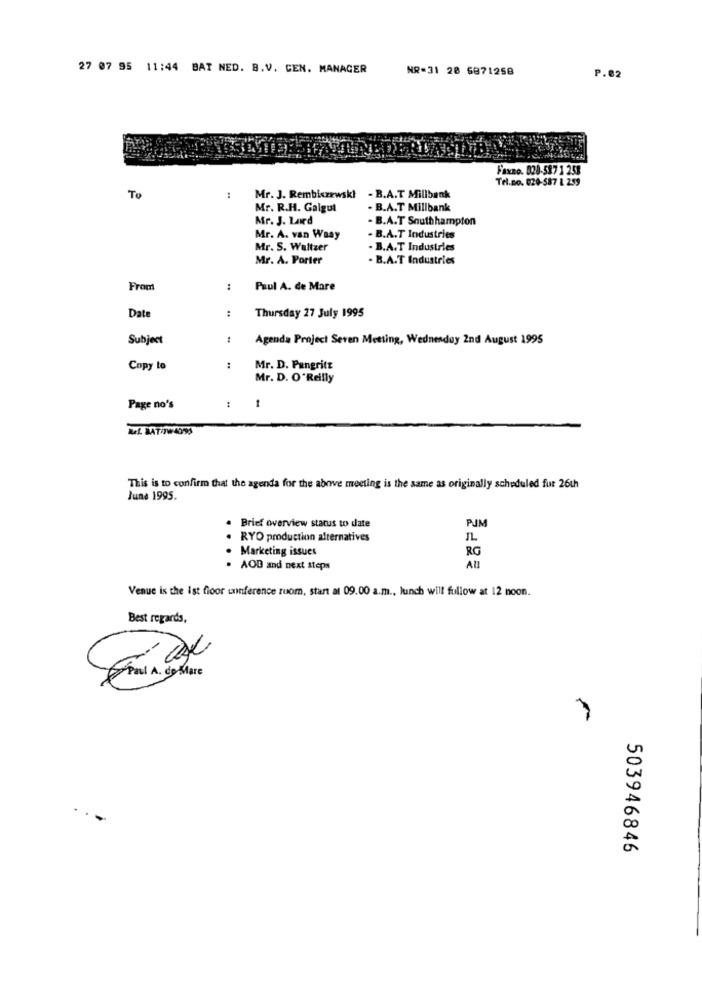
27 07 95 11:44 BAT NED. B.V. CEN. MANAGER
NR=31 28 6871258
P.82
Faxno. 820-587 1 253
Tel.no. 020-587 1 259
To
Mr. J. Rembiszewski
. B.A.T Millbank
Mr. R.H. Galgut
. B.A.T Millbank
Mr. J. Lard
- B.A.T Southhampton
Mr. A. van Waay
- B.A.T Industries
Mr. S. Waltzer
. B.A.T Industries
Mr. A. Porter
. B.A.T Industries
From
:
Paul A. de Mare
:
Thursday 27 July 1995
Date
Subject
Agenda Project Seven Meeting, Wednesday 2nd August 1995
Copy to
:
Mr. D. Pangritz
Mr. D. O'Reilly
Page no's
This is to confirm that the agenda for the above meeting is the same as originally scheduled fur 26th
June 1995.
PUM
. Brief overview status to date
RYO production alternatives
. Marketing issues
RG
. AOD and next steps
Venue is the ist floor conference ruom, start at 09.00 a.m ., lunch will fullow at 12 noon.
Best regards,
503946846